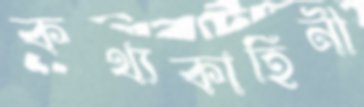
কথ্যকাহিনী